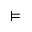
\vDash